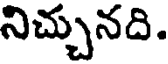
నిచ్చునది.